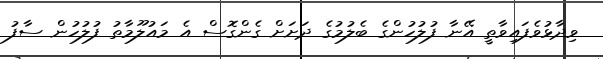
ވިދާޅުވެފައިވާތީ އޭނާ ފުލުހުންގެ ބެލުމުގެ ދަށަށް ގެންގޮސް އެ މައުލޫމާތު ފުލުހުން ސާފު